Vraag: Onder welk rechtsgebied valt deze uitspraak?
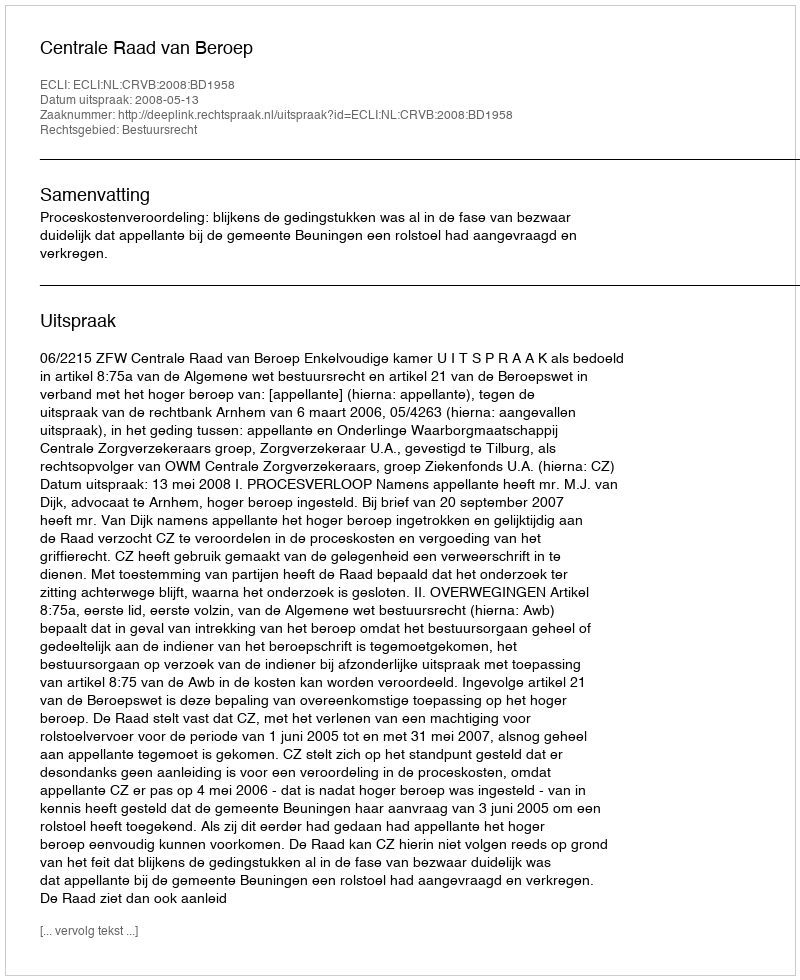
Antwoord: Bestuursrecht